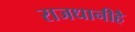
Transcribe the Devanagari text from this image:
राजधानीहै